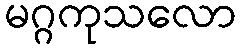
မဂ္ဂကုသလော